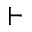
\vdash